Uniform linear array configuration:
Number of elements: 16
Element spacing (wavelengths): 0.75
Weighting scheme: kaiser
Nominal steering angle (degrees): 60
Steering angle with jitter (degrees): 59.125
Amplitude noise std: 0.05
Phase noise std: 0.05

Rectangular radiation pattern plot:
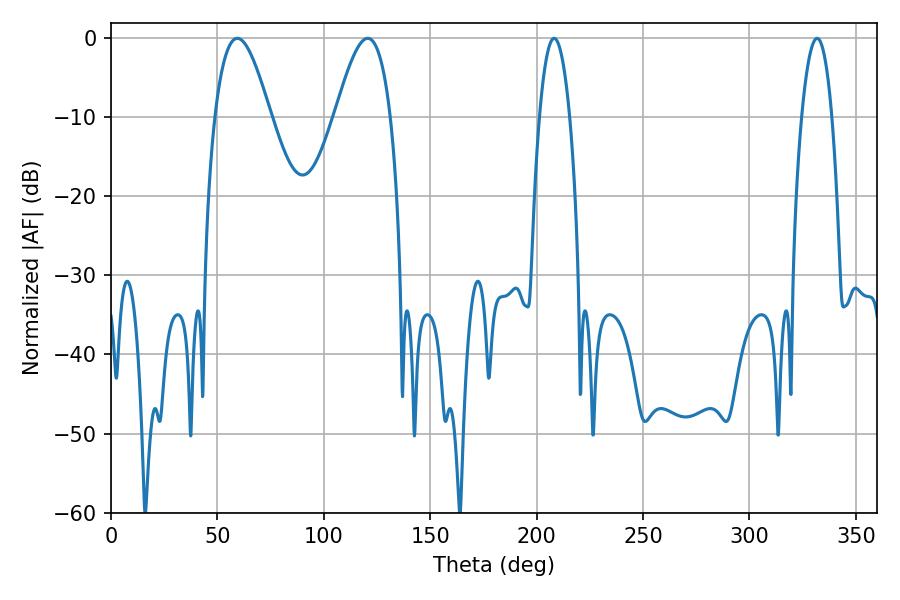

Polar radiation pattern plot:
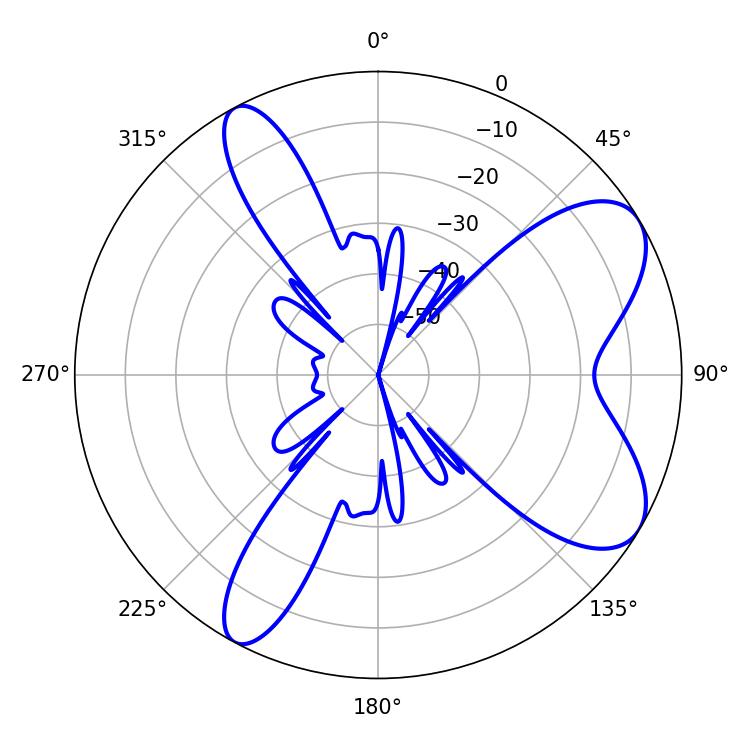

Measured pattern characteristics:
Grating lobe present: TRUE
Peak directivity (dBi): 7.748
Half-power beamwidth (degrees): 14.04
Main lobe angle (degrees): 59.4